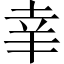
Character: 𦍒